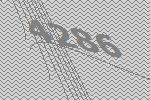
4286